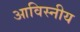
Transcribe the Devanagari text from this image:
आविस्नीय